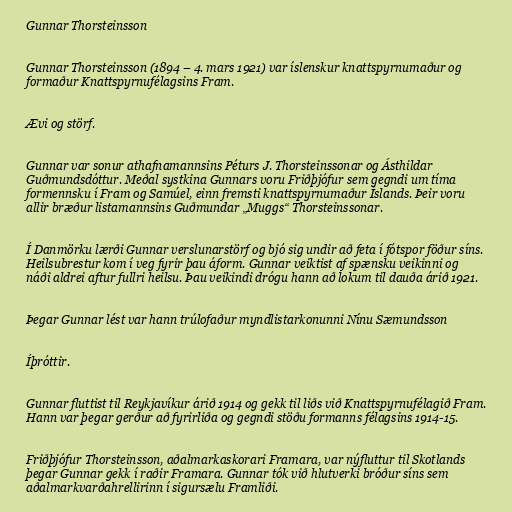
Gunnar Thorsteinsson

Gunnar Thorsteinsson (1894 – 4. mars 1921) var íslenskur knattspyrnumaður og
formaður Knattspyrnufélagsins Fram.

Ævi og störf.

Gunnar var sonur athafnamannsins Péturs J. Thorsteinssonar og Ásthildar
Guðmundsdóttur. Meðal systkina Gunnars voru Friðþjófur sem gegndi um tíma
formennsku í Fram og Samúel, einn fremsti knattspyrnumaður Íslands. Þeir voru
allir bræður listamannsins Guðmundar „Muggs“ Thorsteinssonar.

Í Danmörku lærði Gunnar verslunarstörf og bjó sig undir að feta í fótspor föður síns.
Heilsubrestur kom í veg fyrir þau áform. Gunnar veiktist af spænsku veikinni og
náði aldrei aftur fullri heilsu. Þau veikindi drógu hann að lokum til dauða árið 1921.

Þegar Gunnar lést var hann trúlofaður myndlistarkonunni Nínu Sæmundsson

Íþróttir.

Gunnar fluttist til Reykjavíkur árið 1914 og gekk til liðs við Knattspyrnufélagið Fram.
Hann var þegar gerður að fyrirliða og gegndi stöðu formanns félagsins 1914-15.

Friðþjófur Thorsteinsson, aðalmarkaskorari Framara, var nýfluttur til Skotlands
þegar Gunnar gekk í raðir Framara. Gunnar tók við hlutverki bróður síns sem
aðalmarkvarðahrellirinn í sigursælu Framliði.